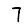
Digit: 7